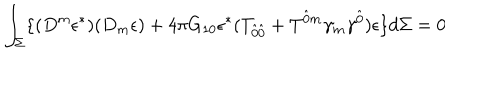
\int _ { \Sigma } \lbrace ( D ^ { m } \epsilon ^ { \ast } ) ( D _ { m } \epsilon ) + 4 \pi G _ { 1 0 } \epsilon ^ { \ast } ( T _ { \hat { 0 } \hat { 0 } } + T ^ { \hat { 0 } m } \gamma _ { m } \gamma ^ { \hat { 0 } } ) \epsilon \rbrace d \Sigma = 0